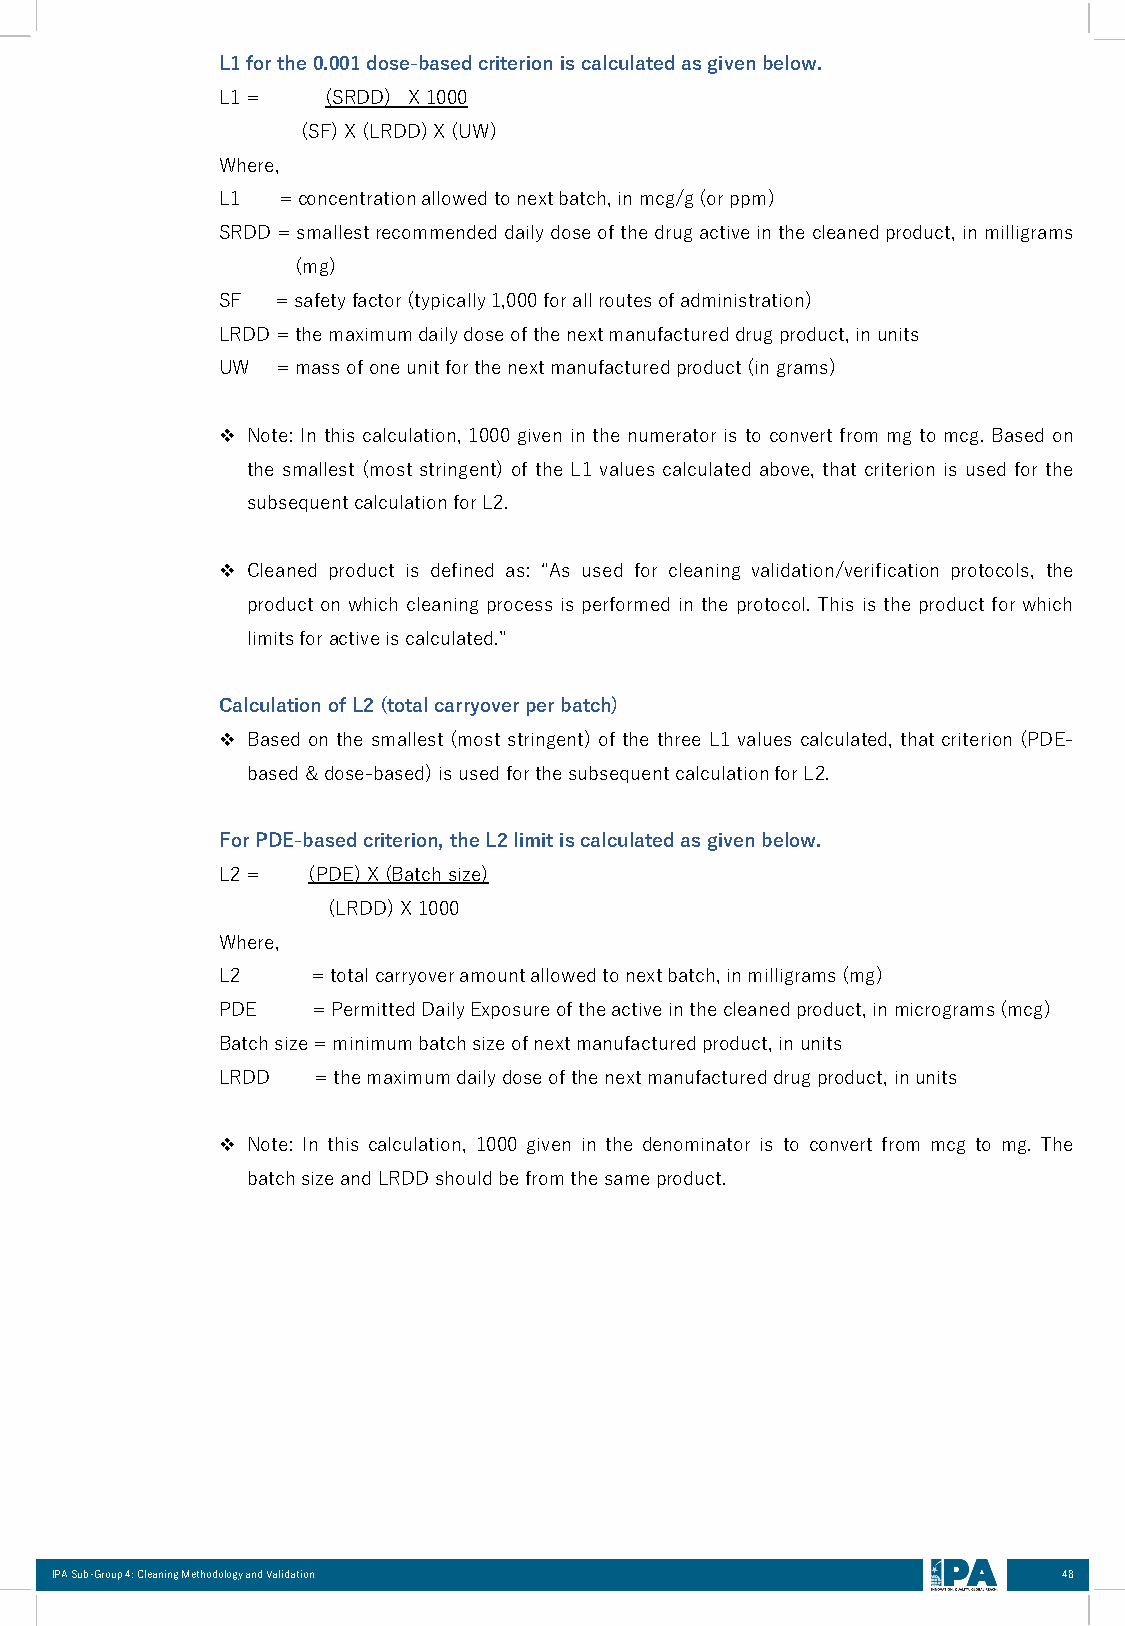
L1forthe0.001dose-basedcriterion iscalculatedasgivenbelow.
 L1=     (SRDD) X1000
 (SF)X(LRDD)X(UW)
 Where,
 L1  =concentrationallowedtonextbatch,inmcg/g(orppm)
 SRDD=smallestrecommended dailydoseofthedrugactiveinthecleanedproduct,inmilligrams
 (mg)
 SF  =safetyfactor(typically1,000forallroutesofadministration)
 LRDD=themaximumdailydoseofthenextmanufactureddrugproduct,inunits
 UW  =massofoneunitforthenextmanufacturedproduct(ingrams)
 ❖ Note: In this calculation, 1000 given in the numerator is to convert from mg to mcg. Based on
 the smallest (most stringent) of the L1 values calculated above, that criterion is used for the
 subsequentcalculationforL2.
 ❖ Cleaned product is defined as: “As used for cleaning validation/verification protocols, the
 product on which cleaning process is performed in the protocol. This is the product for which
 limitsforactiveiscalculated.”
 CalculationofL2(totalcarryoverperbatch)
 ❖ Based on the smallest (most stringent) of the three L1 values calculated, that criterion (PDE-
 based&dose-based)isusedforthesubsequentcalculationforL2.
 ForPDE-basedcriterion, theL2limitiscalculatedasgivenbelow.
 L2=   (PDE)X(Batchsize)
 (LRDD)X1000
 Where,
 L2     =totalcarryoveramountallowedtonextbatch,inmilligrams(mg)
 PDE    =PermittedDailyExposureoftheactiveinthecleanedproduct,inmicrograms(mcg)
 Batchsize=minimumbatchsizeofnextmanufacturedproduct,inunits
 LRDD   =themaximumdailydoseofthenextmanufactureddrugproduct,inunits
 ❖ Note: In this calculation, 1000 given in the denominator is to convert from mcg to mg. The
 batchsizeandLRDDshouldbefromthesameproduct.
 IPA Sub-Group 4: Cleaning Methodology and Validation               48